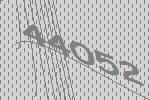
44052